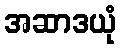
အဆာဒယုံ